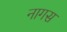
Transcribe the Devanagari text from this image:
नागस